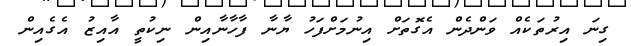
ގިނަ އިރުތަކެއް ވަންދެން އެގޮތަށް އިނުމަށްފަހު ޔާނާ ފާހާނާއިން ނިކުތީ އާއިޒު އެގެއިން